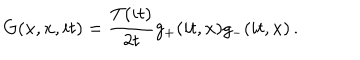
LaTeX: G ( x , x , i t ) = \frac { T ( i t ) } { 2 t } g _ { + } ( i t , x ) g _ { - } ( i t , x ) \, .